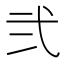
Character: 弐